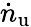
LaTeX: \dot{n}_{\mathrm{u}}